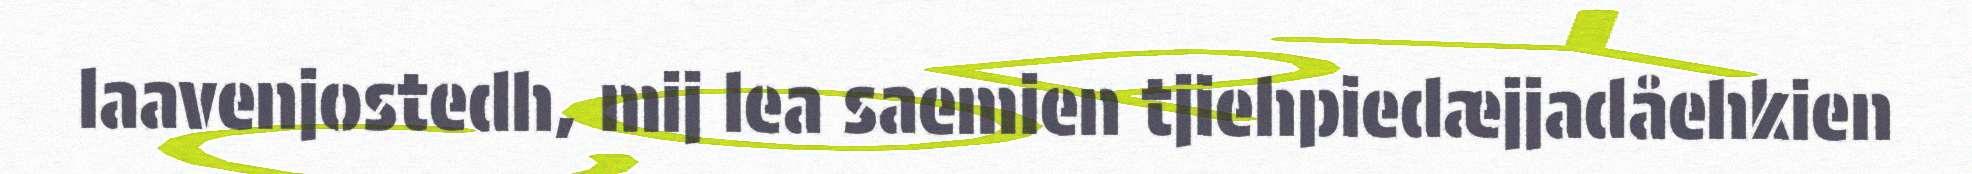
laavenjostedh, mij lea saemien tjiehpiedæjjadåehkien